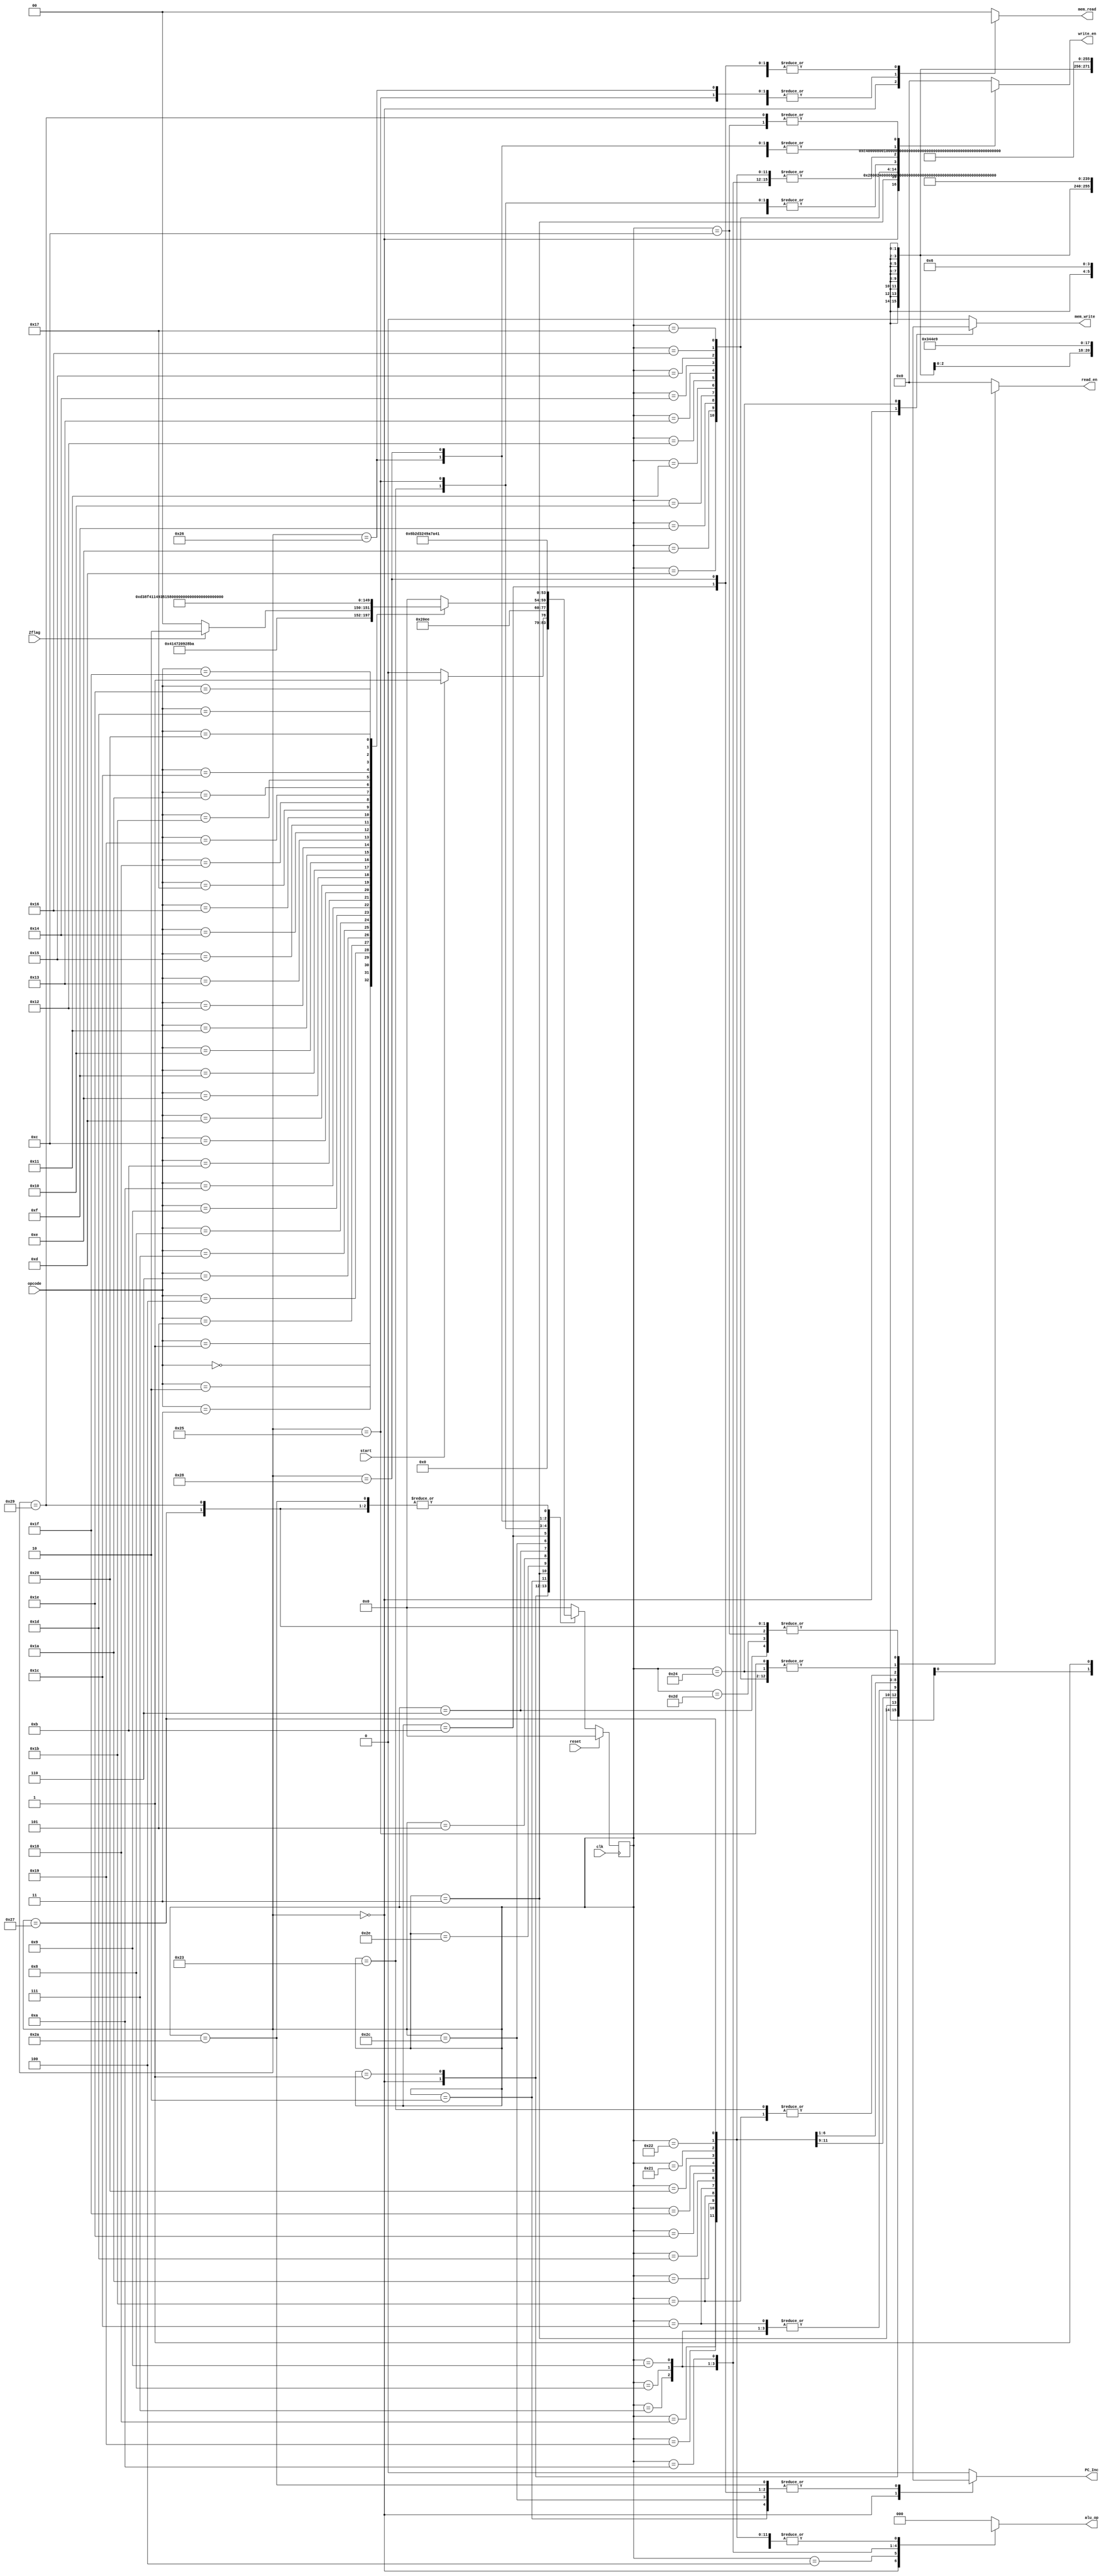
module Control_Unit
#(
    parameter IR_width = 12,
    parameter Reg_count = 16
) 
(
    input wire clk, start, reset, Zflag, // if reset = 1(active high)
    input wire [IR_width - 1:0] opcode, //opcode to IR

    output reg [2:0] alu_op,
    output reg [Reg_count - 1:0] read_en, write_en,
    output reg mem_write, PC_Inc,
    output reg [1:0] mem_read

);

//Data Memory or Instruction Memory access control signal
localparam [1:0]
           Null0 = 2'b00,
           DataM = 2'b01,
           InsM = 2'b10;
           

// Registers
localparam [15:0]
           AC = 16'b0000000000000001,
           PC =  16'b0000000000000010,
           AR = 16'b0000000000000100,
           IR = 16'b0000000000001000,
           R = 16'b0000000000010000,
           row =  16'b0000000000100000,
           cAT= 16'b0000000001000000,
           cB = 16'b0000000010000000,
           rnow=16'b0000000100000000,
           cATnow= 16'b0000001000000000,
           cBnow = 16'b0000010000000000,
           alphap = 16'b0000100000000000,
           betap = 16'b0001000000000000,
           gammap = 16'b0010000000000000,
           Total = 16'b0100000000000000,
           DR = 16'b1000000000000000,
           None = 16'b0000000000000000;

// Instructions
localparam [11:0]
           CLR = 12'd0,
           LOAD = 12'd1,
           MUL = 12'd2,
           ADD = 12'd3,
           SUB = 12'd4,
           INC = 12'd5,
           JUMP = 12'd6,
           JUMPZ = 12'd7,
           MVAC_total = 12'd8,
           MVAC_alphap = 12'd9,
           MVAC_betap = 12'd10,
           MVAC_gammap = 12'd11,
           MVAC_R = 12'd12,
           MVAC_row = 12'd13,
           MVAC_cAT = 12'd14,
           MVAC_cB = 12'd15,
           MVAC_rnow = 12'd16,
           MVAC_cAtnow = 12'd17,
           MVAC_cBnow = 12'd18,
           MOV_total = 12'd19,
           MOV_alphap = 12'd20,
           MOV_betap = 12'd21,
           MOV_gammap = 12'd22,
           MOV_R = 12'd23,
           MOV_row = 12'd24,
           MOV_cAT = 12'd25,
           MOV_cB = 12'd26,
           MOV_rnow = 12'd27,
           MOV_cAtnow = 12'd28,
           MOV_cBnow = 12'd29,
           STORE = 12'd30,
           LOAD_REG = 12'd31,
           ENDOP = 12'd32;

//ALU Operations
localparam [2:0]
           IDLE = 3'b000,
           Pass = 3'b001,
           Add = 3'b010,
           Sub = 3'b011,
           Mul = 3'b100,
           Plus1 = 3'b101,
           Zero = 3'b110;

//States
localparam [5:0]
           Idle = 6'd0,
           FETCH1 = 6'd1,
           FETCH2 = 6'd2,
           FETCH3 = 6'd3,
           CLR1 = 6'd4,
           LOAD1 = 6'd5,
           LOAD2 = 6'd6,
           MUL1 = 6'd7,
           ADD1 = 6'd8,
           SUB1 = 6'd9,
           INC1 = 6'd10,
           JUMP1 = 6'd11,
           JUMP2 = 6'd12,
           MVAC_total1 = 6'd13,
           MVAC_alphap1 = 6'd14,
           MVAC_betap1 = 6'd15,
           MVAC_gammap1 = 6'd16,
           MVAC_R1 = 6'd17,
           MVAC_row1 = 6'd18,
           MVAC_cAT1 = 6'd19,
           MVAC_cB1 = 6'd20,
           MVAC_rnow1 = 6'd21,
           MVAC_cAtnow1 = 6'd22,
           MVAC_cBnow1 = 6'd23,
           MOV_total1 = 6'd24,
           MOV_alphap1 = 6'd25,
           MOV_betap1 = 6'd26,
           MOV_gammap1 = 6'd27,
           MOV_R1 = 6'd28,
           MOV_row1 = 6'd29,
           MOV_cAT1 = 6'd30,
           MOV_cB1 = 6'd31,
           MOV_rnow1 = 6'd32,
           MOV_cAtnow1 = 6'd33,
           MOV_cBnow1 = 6'd34,
           STORE1 = 6'd35,
           STORE2 = 6'd36,
           LOAD_REG1 = 6'd37,
           LOAD_REG2 = 6'd38,
           LOAD_REG3 = 6'd39,
           JUMPZY1 = 6'd40,
           JUMPZY2 = 6'd41,
           JUMPZN1 = 6'd42,
           ENDOP1 = 6'd43,
           LOAD3 = 6'd44,
           LOAD4 = 6'd45,
           FETCH4 = 6'd46;    


reg [5:0] current_st, next_st;

always @(posedge clk) begin
    if (reset) begin
        
        current_st = Idle;
    end
    else begin
        current_st = next_st;
    end
end

always @(*) begin // TODO : check sensitivity list should we add *opcode ?*
    
    //next_st = current_st;

    //TODO these might be wrong states check these ----------------------------------------------
    write_en = 16'bx;
    read_en = 16'bx;
    mem_read = 2'bx;  
    mem_write = 1'bx;         
    alu_op = 3'bx;
    PC_Inc = 1'bx;  
    //TODO the above might be wrong states check these  -----------------------------

    case (current_st)
        Idle : begin
            
            if (start)
                begin

                //TODO these might be wrong states check these ---------------------------
                $display("start");
                write_en = 16'bx;
                read_en = 16'bx;
                mem_read = 2'bx;  
                mem_write = 1'bx;         
                alu_op = 3'bx;
                PC_Inc = 1'bx;  
                //TODO the above might be wrong states check these    ---------------------- 

                next_st = FETCH1;
                end
				
            else
                // TODO  : Implement control signal for idle
				begin
                $display("idle");
                write_en = 16'bx;
                read_en = 16'bx;
                mem_read = 2'bx;  
                mem_write = 1'bx;         
                alu_op = 3'bx;
                PC_Inc = 1'bx;
                next_st = Idle;	 
                end 
        end      
                
        FETCH1 : begin
            $display("FETCH1");
            write_en = AR;
            read_en = PC;
            mem_read = Null0; // when the mem_read enable get the value store some where, 
            mem_write = 1'b0;         
            alu_op = IDLE;
            PC_Inc = 1'b0;
            next_st = FETCH2;            
            end

        FETCH2 : begin
            $display("FETCH2");
            write_en = DR;  //this is useless. just put here for convention.write en dr controls bus input.
                            //but in DR we have indicated if there is a memread signal data is written in from memory
            read_en = None;            
            mem_read = InsM; // Not sure //check whether if the memory provides the data and stores in smewhere temprorry to stre in DR
            mem_write = 1'b0;
            alu_op = IDLE;
            PC_Inc = 1'b1;
            next_st = FETCH3;
            end

        FETCH3:
			begin
            $display("FETCH3");
            write_en = IR | AR;
            read_en = PC | DR;            
            mem_read = Null0; 
            mem_write = 1'b0;
            alu_op = IDLE;
            PC_Inc = 1'b0;  //IR should be directly connecte to the Control unit 
            next_st = FETCH4;
            end
        FETCH4:
            begin
            $display("FETCH4");
            write_en = None;
            read_en = None;            
            mem_read = Null0; 
            mem_write = 1'b0;
            alu_op = IDLE;
            PC_Inc = 1'b0;  //IR should be directly connecte to the Control unit            
            case (opcode)
                CLR : next_st = CLR1; 
                LOAD : next_st = LOAD1;
                MUL : next_st = MUL1;
                ADD : next_st = ADD1;
                SUB : next_st = SUB1;
                INC : next_st = INC1;
                JUMP : next_st = JUMP1;
                JUMPZ :begin
                if (Zflag == 1'b0)  
                    next_st = JUMPZY1; 
                else 
                    next_st = JUMPZN1;
                end
                MVAC_total : next_st = MVAC_total1;
                MVAC_alphap : next_st = MVAC_alphap1;
                MVAC_betap : next_st = MVAC_betap1;
                MVAC_gammap : next_st = MVAC_gammap1;
                MVAC_R : next_st = MVAC_R1;
                MVAC_row : next_st = MVAC_row1;
                MVAC_cAT : next_st = MVAC_cAT1;
                MVAC_cB : next_st = MVAC_cB1;
                MVAC_rnow : next_st = MVAC_rnow1;
                MVAC_cAtnow : next_st = MVAC_cAtnow1;
                MVAC_cBnow : next_st = MVAC_cBnow1;
                MOV_total : next_st = MOV_total1;
                MOV_alphap : next_st = MOV_alphap1;
                MOV_betap : next_st = MOV_betap1;
                MOV_gammap : next_st = MOV_gammap1;
                MOV_R : next_st = MOV_R1;
                MOV_row : next_st = MOV_row1;
                MOV_cAT : next_st = MOV_cAT1;
                MOV_cB : next_st = MOV_cB1;
                MOV_rnow : next_st = MOV_rnow1;
                MOV_cAtnow : next_st = MOV_cAtnow1;
                MOV_cBnow : next_st = MOV_cBnow1;
                STORE : next_st = STORE1;
                LOAD_REG : next_st = LOAD_REG1;
                ENDOP : next_st = ENDOP1;
                default : next_st = Idle;                    
                endcase
			end

        CLR1 :begin
            $display("clear");
            write_en = AC;
            read_en = None;            
            mem_read = Null0;
            mem_write = 1'b0;
            alu_op = Zero;
            PC_Inc = 1'b0;
            next_st = FETCH1;                  
        end

        LOAD1 : begin
            $display("Load1");
            write_en = DR;
            read_en = None;            
            mem_read = InsM; 
            mem_write = 1'b0;
            alu_op = IDLE;
            PC_Inc = 1'b0;
            next_st = LOAD2;
        
        end

        LOAD2 :begin
            $display("Load2");
            write_en = AR;
            read_en = DR;            
            mem_read = DataM; 
            //TODO if there are timing issues chhange this to NUll0
            //memory does not need an enabling signal to output a value it just needs an address
            //mem read enabling signal controls data input from memmry path to DR
            //as the address is provided in this clock cycle.the required data is not avaibale yet(as it akes 2 clock cycles)(some other unnecessary data is avaible)
            //so ,no memory read signal is necessary here
            mem_write = 1'b0;
            alu_op = IDLE;
            PC_Inc = 1'b0;
            next_st = LOAD3;         
        end

        LOAD3 :begin
            $display("Load3");
            write_en = DR;
            read_en = None;            
            mem_read = DataM;//this signal is actually recived by DR as the enabling signal to take data in from Data memmory 
            //as we provded the address in the last clock cycle.data is avaible now so we can enable DR data memoy in path and take data is
            mem_write = 1'b0;
            alu_op = IDLE;
            PC_Inc = 1'b1;
            next_st = LOAD4;         
        end
        
        LOAD4 : begin
            $display("Load4");
            write_en = AC;
            read_en = DR;            
            mem_read = Null0; 
            mem_write = 1'b0;
            alu_op = Pass;
            PC_Inc = 1'b0;
            next_st = FETCH1;
        
        end
        
        MUL1 :begin        
            $display("mul");
            write_en = AC;// 
            read_en = R;            
            mem_read = Null0; 
            mem_write = 1'b0;
            alu_op = Mul;
            PC_Inc = 1'b0;
            next_st = FETCH1;
        
        end
        ADD1 :begin    
            $display("Add1");    
            write_en = AC;
            read_en = R;            
            mem_read = Null0; 
            mem_write = 1'b0;
            alu_op = Add;
            PC_Inc = 1'b0;
            next_st = FETCH1;
        end

        SUB1 :
        begin
            $display("Sub 1");
            write_en = AC;
            read_en = R;            
            mem_read = Null0; 
            mem_write = 1'b0;
            alu_op = Sub;
            PC_Inc = 1'b0;
            next_st = FETCH1;
        end

        INC1 :
        begin
            $display("Inc1");
            write_en = AC;
            read_en = None; // TODO : One should be kept at one           
            mem_read = Null0; 
            mem_write = 1'b0;
            alu_op = Plus1;
            PC_Inc = 1'b0;
            next_st = FETCH1;
        end

        JUMP1 :
        begin
            $display("Jump1");
            write_en = DR;
            read_en = None;            
            mem_read = InsM; 
            mem_write = 1'b0;
            alu_op = IDLE;
            PC_Inc = 1'b1;
            next_st = JUMP2;
        end

        JUMP2 :
        begin
            $display("Jump2");
            write_en = PC;
            read_en = DR;            
            mem_read = Null0; 
            mem_write = 1'b0;
            alu_op = IDLE;
            PC_Inc = 1'b0;
            next_st = FETCH1;
        end
        
        MVAC_total1 :
        begin
            $display("MVAC_total1");
            write_en = Total;
            read_en = AC;            
            mem_read = Null0; 
            mem_write = 1'b0;
            alu_op = IDLE;
            PC_Inc = 1'b0;
            next_st = FETCH1;        
        end
        MVAC_alphap1 :
        begin
            $display("Jump1");
            write_en = alphap;
            read_en = AC;            
            mem_read = Null0; 
            mem_write = 1'b0;
            alu_op = IDLE;
            PC_Inc = 1'b0;
            next_st = FETCH1;        
        end
        MVAC_betap1 :
        begin
            $display("beta p 1");
            write_en = betap;
            read_en = AC;            
            mem_read = Null0; 
            mem_write = 1'b0;
            alu_op = IDLE;
            PC_Inc = 1'b0;
            next_st = FETCH1;        
        end
        MVAC_gammap1 :
        begin
            $display("MVAC_gammap1");
            write_en = gammap;
            read_en = AC;            
            mem_read = Null0; 
            mem_write = 1'b0;
            alu_op = IDLE;
            PC_Inc = 1'b0;
            next_st = FETCH1;   
        end
        MVAC_R1 :
        begin
            $display("MVAC R1");
            write_en = R;
            read_en = AC;            
            mem_read = Null0; 
            mem_write = 1'b0;
            alu_op = IDLE;
            PC_Inc = 1'b0;
            next_st = FETCH1;        
        end
        MVAC_row1 :
        begin
            $display("MVAC_row1");
            write_en = row;
            read_en = AC;            
            mem_read = Null0; 
            mem_write = 1'b0;
            alu_op = IDLE;
            PC_Inc = 1'b0;
            next_st = FETCH1;        
        end
        MVAC_cAT1 :
        begin
            $display("MVAC_cAT1");
            write_en = cAT;
            read_en = AC;            
            mem_read = Null0; 
            mem_write = 1'b0;
            alu_op = IDLE;
            PC_Inc = 1'b0;
            next_st = FETCH1;        
        end
        MVAC_cB1 :
        begin
            $display("mvac cb 1");
            write_en = cB;
            read_en = AC;            
            mem_read = Null0; 
            mem_write = 1'b0;
            alu_op = IDLE;
            PC_Inc = 1'b0;
            next_st = FETCH1;        
        end
        MVAC_rnow1 :
        begin
            $display("mvac rnow 1");
            write_en = rnow;
            read_en = AC;            
            mem_read = Null0; 
            mem_write = 1'b0;
            alu_op = IDLE;
            PC_Inc = 1'b0;
            next_st = FETCH1; 
        end
        MVAC_cAtnow1 :
        begin
            $display("mvac cat now 1");
            write_en = cATnow;
            read_en = AC;            
            mem_read = Null0; 
            mem_write = 1'b0;
            alu_op = IDLE;
            PC_Inc = 1'b0;
            next_st = FETCH1; 
        end
        MVAC_cBnow1 :
        begin
            $display("MVAC_cBnow1");
            write_en = cBnow;
            read_en = AC;            
            mem_read = Null0; 
            mem_write = 1'b0;
            alu_op = IDLE;
            PC_Inc = 1'b0;
            next_st = FETCH1; 
        end
        MOV_total1 :
        begin
            $display("MOV_total");
            write_en =AC;
            read_en = Total;            
            mem_read = Null0; 
            mem_write = 1'b0;
            alu_op = Pass;
            PC_Inc = 1'b0;
            next_st = FETCH1; 
        
        end
        MOV_alphap1 :
        begin
            $display("MOV_alphap1");
            write_en =AC;
            read_en = alphap;            
            mem_read = Null0; 
            mem_write = 1'b0;
            alu_op = Pass;
            PC_Inc = 1'b0;
            next_st = FETCH1; 
        end
        
        MOV_betap1 :
        begin
            $display("MOV_betap1");
            write_en =AC;
            read_en = betap;           
            mem_read = Null0; 
            mem_write = 1'b0;
            alu_op = Pass;
            PC_Inc = 1'b0;
            next_st = FETCH1; 
        end

        MOV_gammap1 :
        begin
            $display("MOV_gammap1");
            write_en =AC;
            read_en =gammap ;            
            mem_read = Null0; 
            mem_write = 1'b0;
            alu_op = Pass;
            PC_Inc = 1'b0;
            next_st = FETCH1; 
        end
        
        MOV_R1 :
        begin
            $display("MOV_R1");
            write_en =AC;
            read_en =R ;            
            mem_read = Null0; 
            mem_write = 1'b0;
            alu_op = Pass;
            PC_Inc = 1'b0;
            next_st = FETCH1;
        end

        MOV_row1 :
        begin
            $display("MOV_row1");
            write_en =AC;
            read_en =row ;            
            mem_read = Null0; 
            mem_write = 1'b0;
            alu_op = Pass;
            PC_Inc = 1'b0;
            next_st = FETCH1;
        end

        MOV_cAT1 :
        begin
            $display("MOV_cAT1");
            write_en =AC;
            read_en =cAT;            
            mem_read = Null0; 
            mem_write = 1'b0;
            alu_op = Pass;
            PC_Inc = 1'b0;
            next_st = FETCH1;
        end

        MOV_cB1 :
        begin
            $display("MOV_cB1");
            write_en =AC;
            read_en =cB ;            
            mem_read = Null0; 
            mem_write = 1'b0;
            alu_op = Pass;
            PC_Inc = 1'b0;
            next_st = FETCH1;
        end

        MOV_rnow1 :
        begin
            $display("mov rnow 1");
            write_en =AC;
            read_en =rnow ;            
            mem_read = Null0; 
            mem_write = 1'b0;
            alu_op = Pass;
            PC_Inc = 1'b0;
            next_st = FETCH1;
        end

        MOV_cAtnow1 :
        begin
            $display("MOV_cATnow1");
            write_en =AC;
            read_en =cATnow ;            
            mem_read = Null0; 
            mem_write = 1'b0;
            alu_op = Pass;
            PC_Inc = 1'b0;
            next_st = FETCH1;
        end

        MOV_cBnow1 :
        begin
            $display("MOV_cBnow1");
            write_en =AC;
            read_en =cBnow ;            
            mem_read = Null0; 
            mem_write = 1'b0;
            alu_op = Pass;
            PC_Inc = 1'b0;
            next_st = FETCH1;
        end

        STORE1 :
        begin
            $display("Store1");
            write_en =AR;
            read_en =gammap ;            
            mem_read = Null0; 
            mem_write = 1'b0;
            alu_op = IDLE;
            PC_Inc = 1'b0;
            next_st = STORE2;
        end

        STORE2 :
        begin
            $display("Store2");
            write_en =DR;
            read_en =AC ;            
            mem_read = Null0; 
            mem_write = 1'b1;
            alu_op = IDLE;
            PC_Inc = 1'b0;
            next_st = FETCH1;
        end
        
        LOAD_REG1 :
        begin
            $display("load reg 1");
            write_en = AR;
            read_en =AC ;            
            mem_read = DataM; 
            mem_write = 1'b0;
            alu_op = IDLE;
            PC_Inc = 1'b0;
            next_st = LOAD_REG2;
        end

        LOAD_REG2 :
        begin
            $display("LOAD_REG2");
            write_en = DR; //eventhough DR is enabled here (write_en for DR controls input from the bus),
            //In here DR is controlled by DataM mem read signal (as it has higher priorty in DR implementation)
            //So data from memory is written to DR here
            read_en =None ;            
            mem_read = DataM; //this signal is connected to DR. This signal is the controlling write enable siganl here
            mem_write = 1'b0;
            alu_op = IDLE;
            PC_Inc = 1'b0;
            next_st = LOAD_REG3;
        
        end

        LOAD_REG3 :
        begin
            $display("LOAD_REG3");
            write_en = AC;
            read_en = DR ;            
            mem_read = Null0; 
            mem_write = 1'b0;
            alu_op = Pass;
            PC_Inc = 1'b0;
            next_st = FETCH1;
        end

        JUMPZY1 :
        begin
            $display("JUMPZY1");
            write_en = DR;
            read_en = None ;            
            mem_read = InsM; 
            mem_write = 1'b0;
            alu_op = IDLE;
            PC_Inc = 1'b1;
            next_st = JUMPZY2;
        end

        JUMPZY2 :
        begin
            $display("JUMPZY2");
            write_en = PC;
            read_en = DR ;            
            mem_read = Null0; 
            mem_write = 1'b0;
            alu_op = IDLE;
            PC_Inc = 1'b0;
            next_st = FETCH1;        
        end

        JUMPZN1 :
        begin
            $display("Jump ZN");
            write_en = None;
            read_en = None ;            
            mem_read = Null0; 
            mem_write = 1'b0;
            alu_op = IDLE;
            PC_Inc = 1'b1;
            next_st = FETCH1; 
        end
        ENDOP1 :
        //TODO these are wrong states added to check if the latch is removed
            begin
            $display("End op"); 
            write_en = None;
            read_en = None ;            
            mem_read = Null0; 
            mem_write = 1'b0;
            alu_op = IDLE;
            PC_Inc = 1'b0;
            //wrong states end 
            next_st = Idle;
            end
        

        default :
        //TODO these are wrong states added to check if the latch is removed
            begin
            $display("Sadda thiya ganna epa Defult eke inne.Kavindyata kiyanna epa meeka gana.");
            write_en = None;
            read_en = None ;            
            mem_read = Null0; 
            mem_write = 1'b0;
            alu_op = IDLE;
            PC_Inc = 1'b0;
            //wrong states end 
            next_st = Idle;
            end        
    endcase 
    $display("*********");
    //current_st = next_st;       
end 
    
endmodule